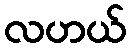
လဟယ်